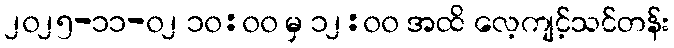
၂၀၂၅-၁၁-၀၂ ၁၀:၀၀ မှ ၁၂:၀၀ အထိ လေ့ကျင့်သင်တန်း